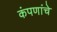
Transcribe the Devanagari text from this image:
कंपणांचे